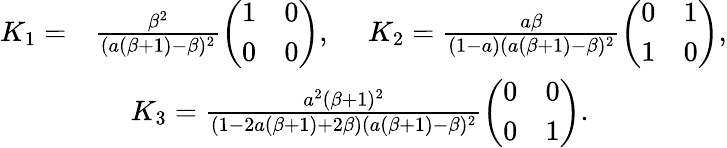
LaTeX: \begin{array}{rl}{K_{1}=}&{\frac{\beta^{2}}{(a(\beta+1)-\beta)^{2}}\left(\begin{array}{ll}{1}&{0}\\ {0}&{0}\end{array}\right),\quad\; K_{2}=\frac{a\beta}{(1-a)(a(\beta+1)-\beta)^{2}}\left(\begin{array}{ll}{0}&{1}\\ {1}&{0}\end{array}\right),}\\ &{\quad\; K_{3}=\frac{a^{2}(\beta+1)^{2}}{(1-2a(\beta+1)+2\beta)(a(\beta+1)-\beta)^{2}}\left(\begin{array}{ll}{0}&{0}\\ {0}&{1}\end{array}\right).}\end{array}